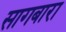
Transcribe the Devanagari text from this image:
सागबारा